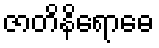
ဇာတိနိရောဓေ